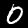
Label: 0